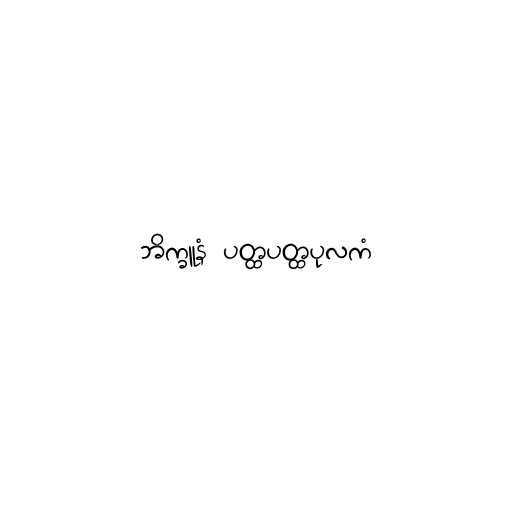
ဘိက္ခူနံ ပတ္ထပတ္ထပုလကံ